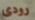
رودى